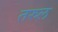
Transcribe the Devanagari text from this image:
तरुल